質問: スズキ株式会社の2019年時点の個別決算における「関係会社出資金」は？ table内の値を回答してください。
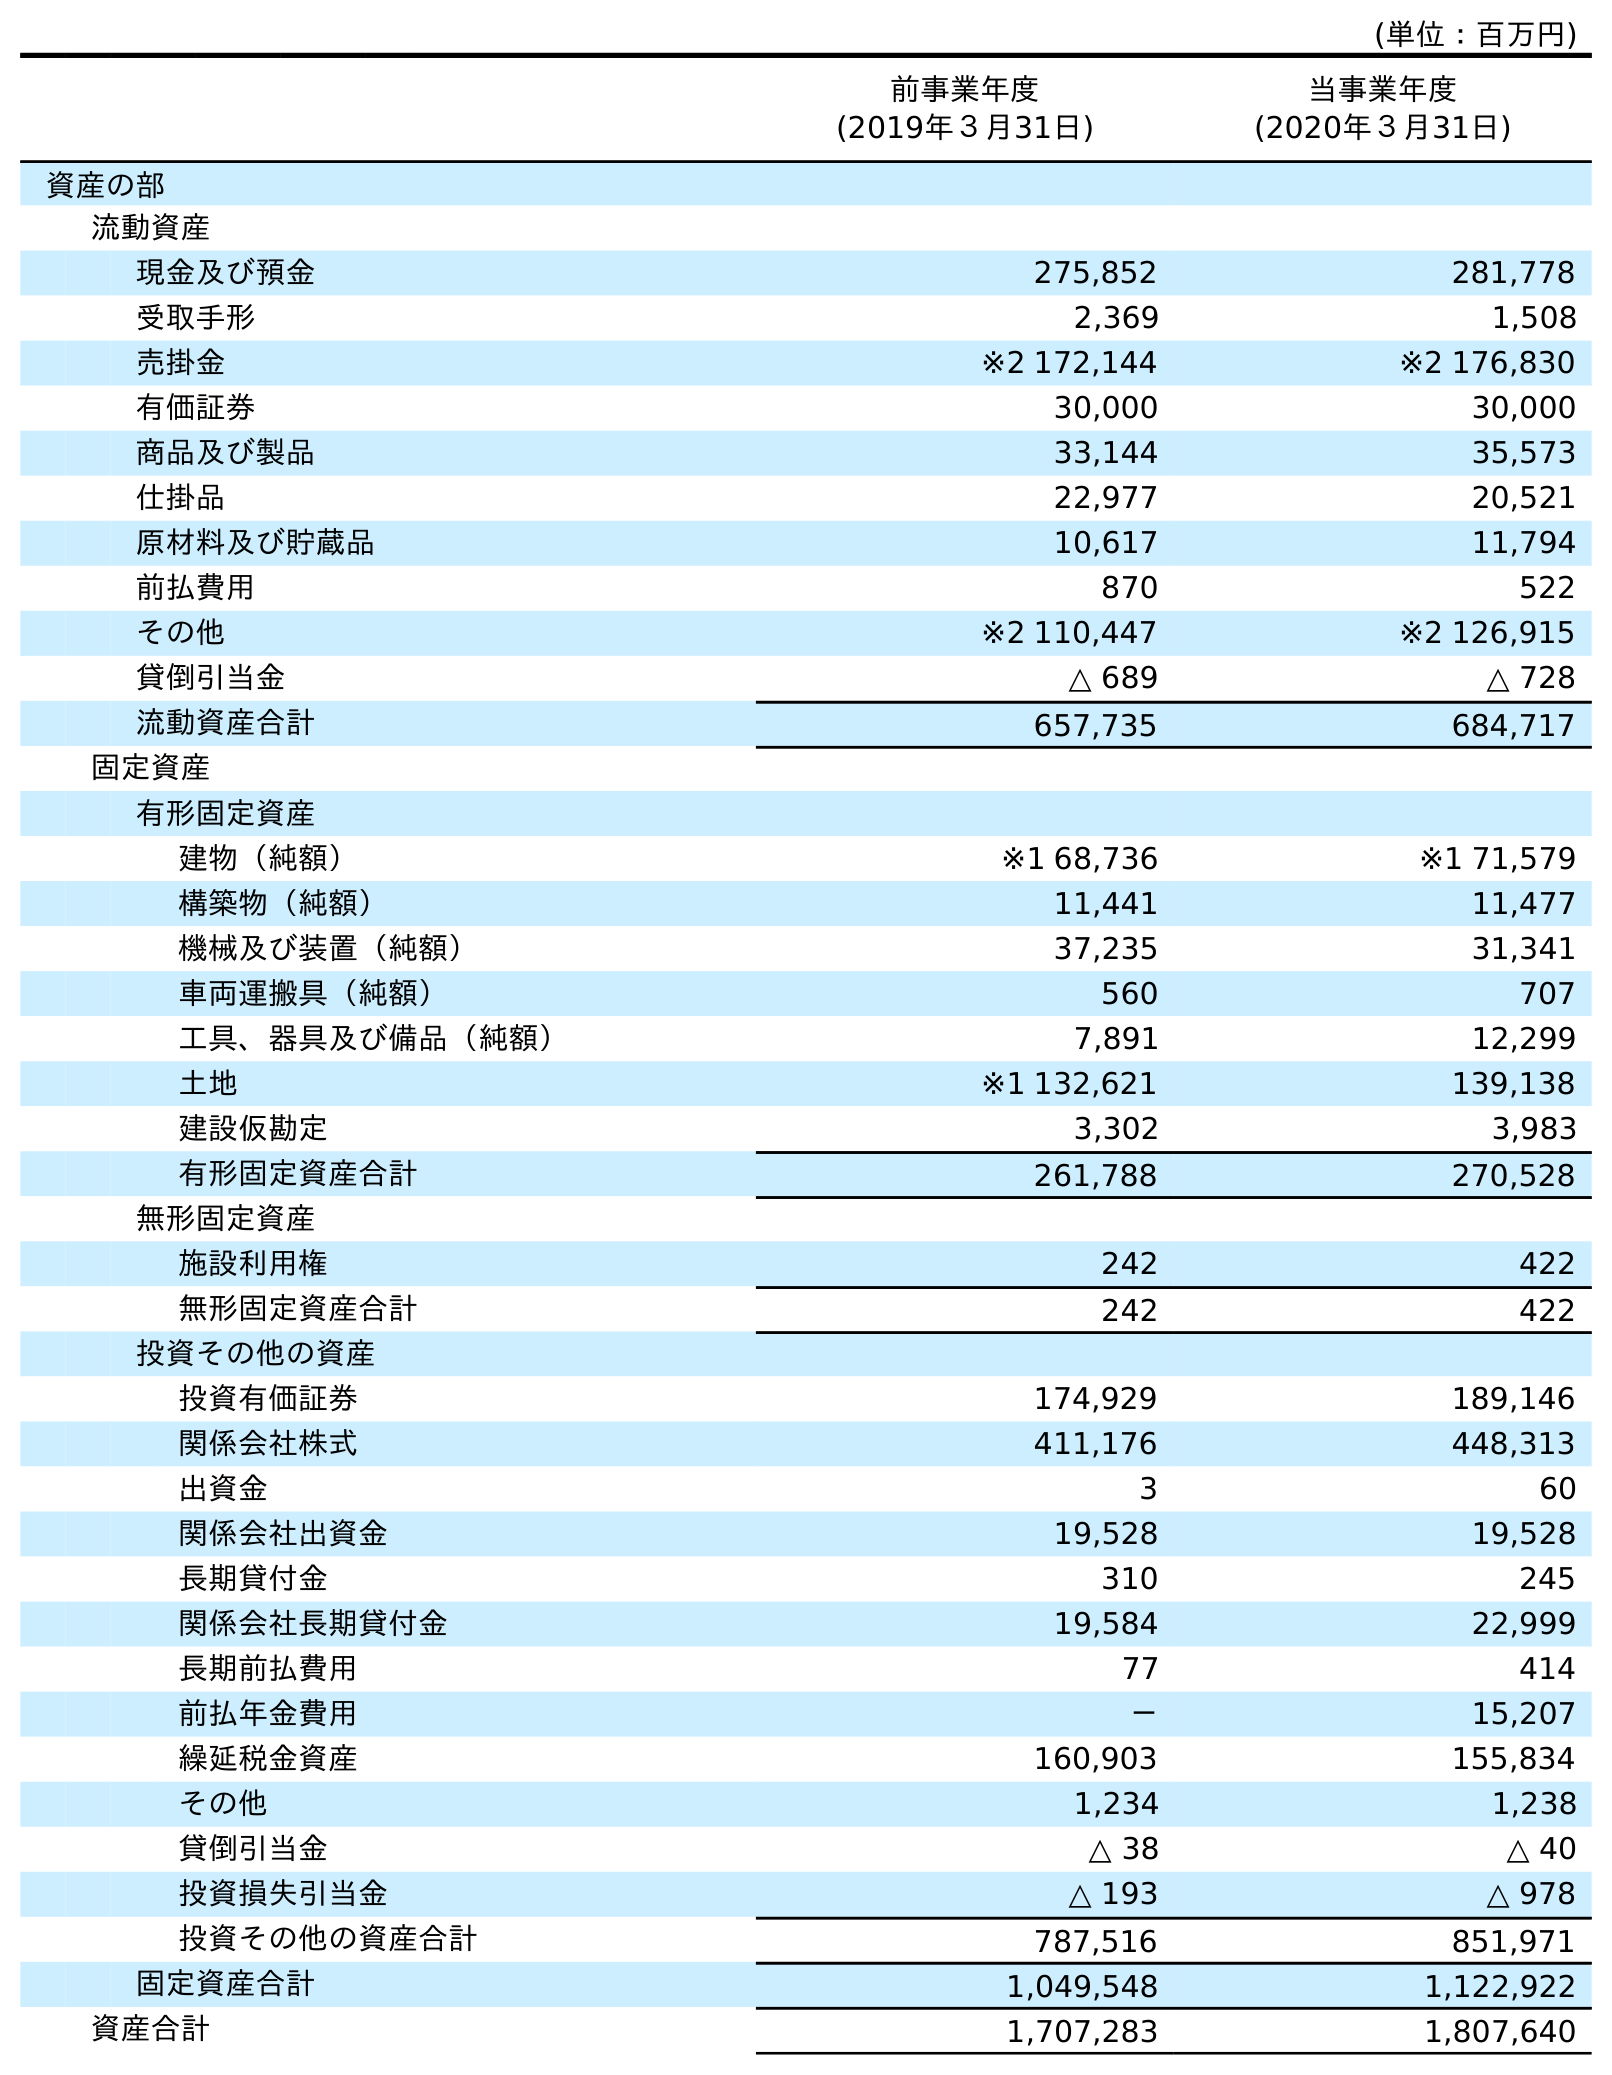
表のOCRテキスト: (単位：百万円) 前事業年度 (2019年３月31日) 当事業年度 (2020年３月31日) 資産の部 流動資産 現金及び預金 275,852 281,778 受取手形 2,369 1,508 売掛金 ※2 172,144 ※2 176,830 有価証券 30,000 30,000 商品及び製品 33,144 35,573 仕掛品 22,977 20,521 原材料及び貯蔵品 10,617 11,794 前払費用 870 522 その他 ※2 110,447 ※2 126,915 貸倒引当金 △ 689 △ 728 流動資産合計 657,735 684,717 固定資産 有形固定資産 建物（純額） ※1 68,736 ※1 71,579 構築物（純額） 11,441 11,477 機械及び装置（純額） 37,235 31,341 車両運搬具（純額） 560 707 工具、器具及び備品（純額） 7,891 12,299 土地 ※1 132,621 139,138 建設仮勘定 3,302 3,983 有形固定資産合計 261,788 270,528 無形固定資産 施設利用権 242 422 無形固定資産合計 242 422 投資その他の資産 投資有価証券 174,929 189,146 関係会社株式 411,176 448,313 出資金 3 60 関係会社出資金 19,528 19,528 長期貸付金 310 245 関係会社長期貸付金 19,584 22,999 長期前払費用 77 414 前払年金費用 － 15,207 繰延税金資産 160,903 155,834 その他 1,234 1,238 貸倒引当金 △ 38 △ 40 投資損失引当金 △ 193 △ 978 投資その他の資産合計 787,516 851,971 固定資産合計 1,049,548 1,122,922 資産合計 1,707,283 1,807,640
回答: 19,528